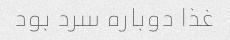
غذا دوباره سرد بود